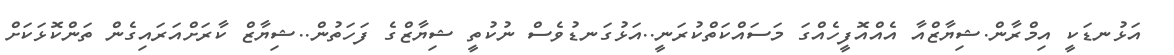
އަޅުނޑަކީ އިމްރާން.ޝިޔާޒްއާ އެއްއޮފީހެއްގަ މަސައްކަތްކުރަނީ..އަޅުގަނޑުވެސް ނުކުތީ ޝިޔާޒްގެ ފަހަތުން..ޝިޔާޒް ކާރަށްއަރައިގެން ތަންކޮޅަކަށް